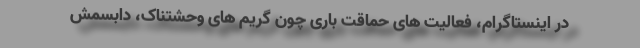
در اینستاگرام، فعالیت های حماقت باری چون گریم های وحشتناک، دابسمش